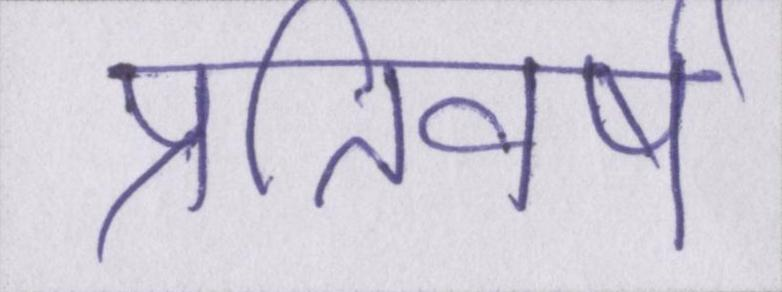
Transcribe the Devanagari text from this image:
प्रतिवर्ष